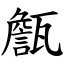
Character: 甔